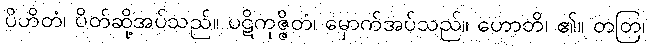
ပိဟိတံ၊ ပိတ်ဆို့အပ်သည်။ ပဋိကုဇ္ဇိတံ၊ မှောက်အပ်သည်။ ဟောတိ၊ ၏။ တတြ၊